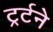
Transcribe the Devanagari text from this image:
ट्रर्टने